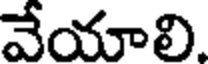
వేయాలి.